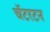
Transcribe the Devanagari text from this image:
चॅटरटन